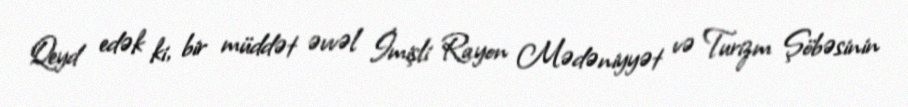
Qeyd edək ki, bir müddət əvvəl İmişli Rayon Mədəniyyət və Turizm Şöbəsinin